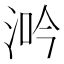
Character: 𣵴